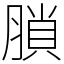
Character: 䐝